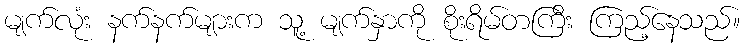
မျက်လုံး နက်နက်များက သူ့ မျက်နှာကို စိုးရိမ်တကြီး ကြည့်နေသည်။